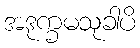
အဒုက္ခမသုခါပိ